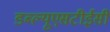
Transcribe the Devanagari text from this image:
डब्ल्यूएसटीईसी